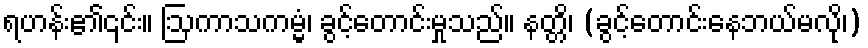
ရဟန်း၏၎င်း။ ဩကာသကမ္မံ၊ ခွင့်တောင်းမှုသည်။ နတ္တိ၊ (ခွင့်တောင်းနေဘယ်မလို၊)